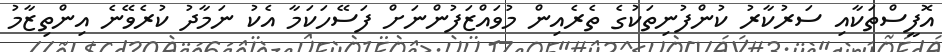
އޮފީސްތަކާއި ސަރުކާރު ކުންފުނިތަކުގެ ތެރެއިން މުވައްޒަފުންނަށް ފަސޭހަކަމާ އެކު ނަމާދު ކުރެވޭނެ އިންތިޒާމު